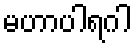
မဟာပါရဂါ